Leaving Certificate Examination, 1919
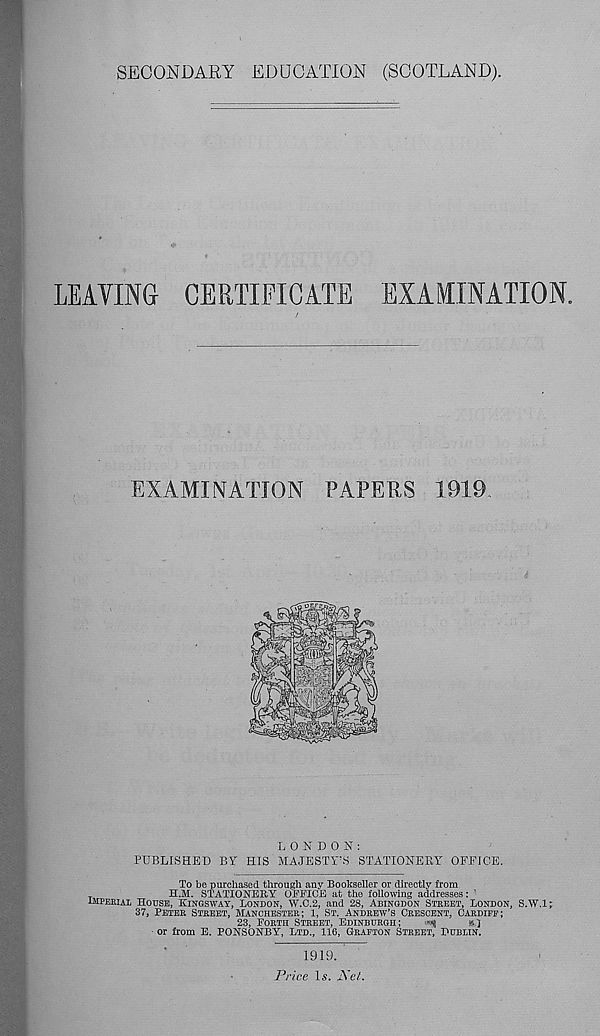
SECONDARY EDUCATION (SCOTLAND).
LEAVING CERTIFICATE EXAMINATION.
LONDON:
PUBLISHED BY HIS MAJESTY'S STATIONERY OFFICE.
To be purchased through any Bookseller or directly from
H.M. STATIONERY OFFICE at the following addresses:
IMPERIAL HOUSE, KINGSWAY, LONDON, W.0.2, and 28, ABINGDON STREET, LONDON, S.W.l;
37, PETER STREET, MANCHESTER; 1, ST. ANDREW’S CRESCENT, CARDIFF;
23, FORTH STREET, EDINBURGH;
ftl
or from E. PONSONBY, LTD., 116, GRAFTON STREET, DUBLIN.
1919.
Price 1A. JS’d.